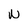
Character: W